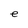
Character: e